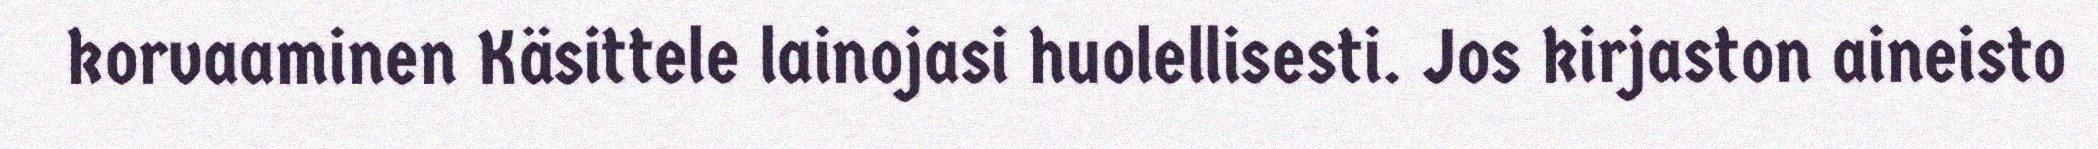
korvaaminen Käsittele lainojasi huolellisesti. Jos kirjaston aineisto